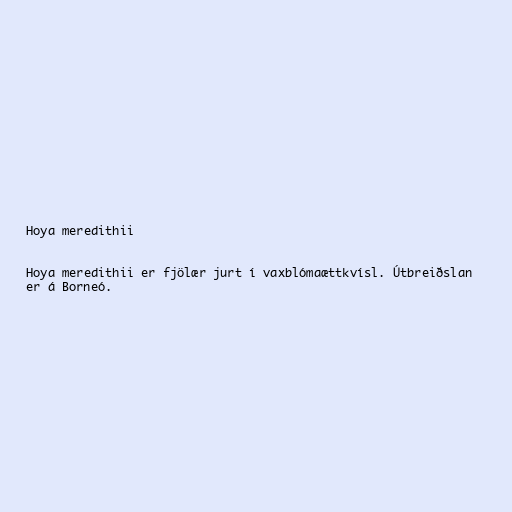
Hoya meredithii

Hoya meredithii er fjölær jurt í vaxblómaættkvísl. Útbreiðslan
er á Borneó.